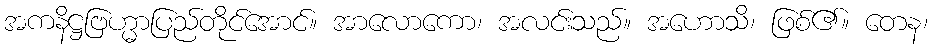
အကနိဋ္ဌဗြဟ္မာပြည်တိုင်အောင်။ အာလောကော၊ အလင်းသည်။ အဟောသိ၊ ဖြစ်၏။ တေန၊